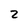
Character: z